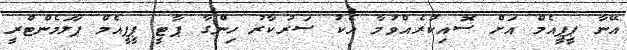
އޭނާ ޕީޕީއެމް އަށް ސޮއިކުރެއްވުމާ އެކު ސަރުކާރު ހިންގާ ޕާޓީ ޕީޕީއެމް ޕާލަމެންޓްރީ